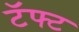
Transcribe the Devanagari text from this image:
टॅफ्ट